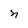
Character: n